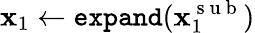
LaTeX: \mathbf{x}_{1}\gets\texttt{expand}(\mathbf{x}_{1}^{\mathrm{~s~u~b~}})